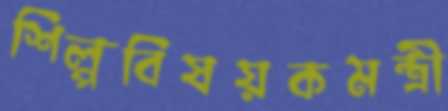
শিল্পবিষয়কমন্ত্রী